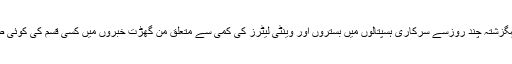
انہوں نے کہا کہگزشتہ چند روزسے سرکاری ہسپتالوں میں بستروں اور وینٹی لیٹرز کی کمی سے متعلق من گھڑت خبروں میں کسی قسم کی کوئی صداقت نہیں ہے۔